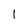
Character: 1